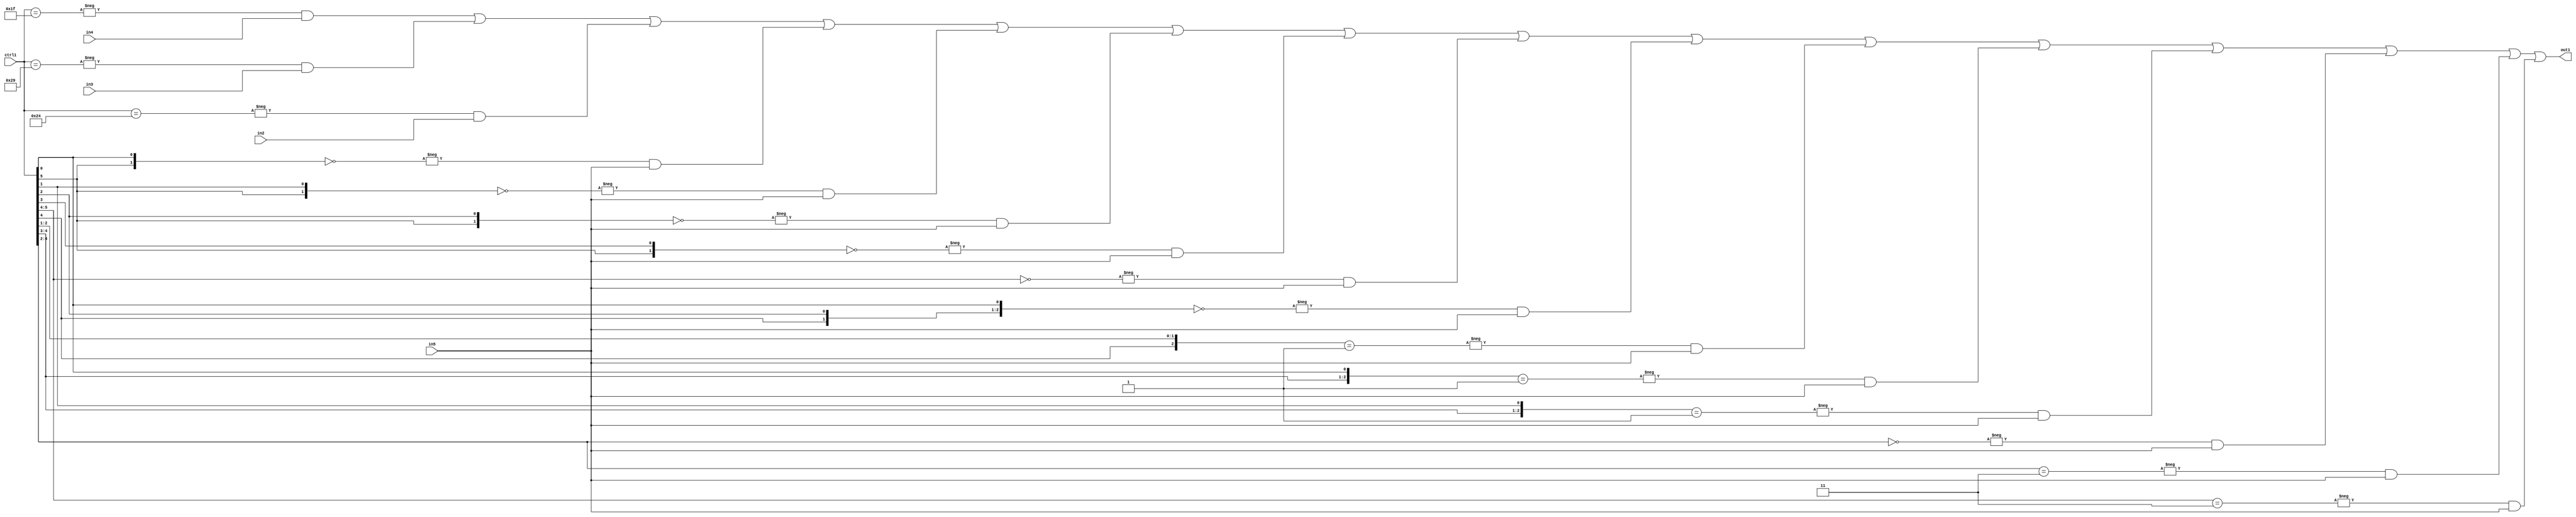
`timescale 1ps / 1ps
/*****************************************************************************
    Verilog RTL Description
    
    
    Created by: Stratus DpOpt 21.05.01 
*******************************************************************************/

module SobelFilter_N_Mux_32_4_67_4 (
	in5,
	in4,
	in3,
	in2,
	ctrl1,
	out1
	); /* architecture "behavioural" */ 
input [31:0] in5;
input [8:0] in4,
	in3,
	in2;
input [5:0] ctrl1;
output [31:0] out1;
wire [31:0] asc001;

assign asc001 = 
	-{ctrl1 == 6'B011111} & in4 |
	-{ctrl1 == 6'B101001} & in3 |
	-{ctrl1 == 6'B100100} & in2 |
	-{{ctrl1[5], ctrl1[0]} == 2'B00} & in5 |
	-{{ctrl1[5], ctrl1[1]} == 2'B00} & in5 |
	-{{ctrl1[5], ctrl1[2]} == 2'B00} & in5 |
	-{{ctrl1[5], ctrl1[3]} == 2'B00} & in5 |
	-{ctrl1[5:4] == 2'B00} & in5 |
	-{{ctrl1[4], ctrl1[2], ctrl1[0]} == 3'B000} & in5 |
	-{{ctrl1[4], ctrl1[2:1]} == 3'B001} & in5 |
	-{{ctrl1[4:3], ctrl1[0]} == 3'B001} & in5 |
	-{{ctrl1[4:3], ctrl1[1]} == 3'B001} & in5 |
	-{ctrl1[4:2] == 3'B000} & in5 |
	-{ctrl1[4:2] == 3'B011} & in5 |
	-{ctrl1[5:4] == 2'B11} & in5 ;

assign out1 = asc001;
endmodule

/* CADENCE  s7LyQgw= : u9/ySxbfrwZIxEzHVQQV8Q== ** DO NOT EDIT THIS LINE ******/